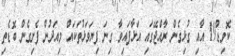
ކޮވިޑް19 އާއި ގުޅިގެން ރާއްޖޭގައި އަޅާފައިވާ ގިނަ ފިޔަވަޅުތަކައް މިއަދުން ފެށިގެން ބޮޑެތި